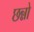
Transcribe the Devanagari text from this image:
छन्नो